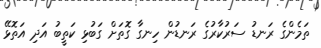
ތަމެންގެ ރަނޑު ސަރުކާރުގެ ރަނޑުން ހިނގާ ގޮތަށް ގަބުޅި ކަތީބު އަދި އަތޮޅޭ